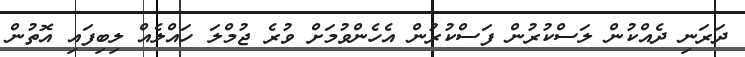
ދަރަނި ދެއްކުން ލަސްކުރުން ފަސްކުރުން އެހެންވުމަށް ވުރެ ޖުމްލަ ހައްލެއް ލިބިފައި އޮތުން